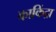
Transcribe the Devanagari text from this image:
काकिंद्रा